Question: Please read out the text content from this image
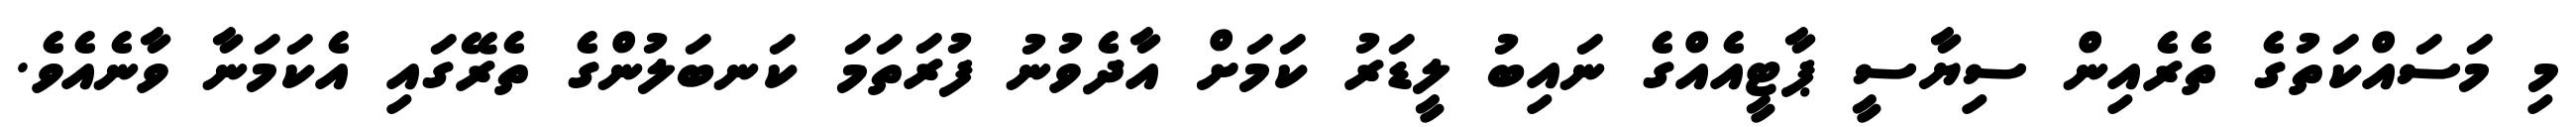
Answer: މި މަސައްކަތުގެ ތެރެއިން ސިޔާސީ ޕާޓީއެއްގެ ނައިބު ލީޑަރު ކަމަށް އާދެވުނު ފުރަތަމަ ކަނބަލުންގެ ތެރޭގައި އެކަމަނާ ވާނެއެވެ.